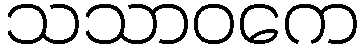
သသာဝကေ